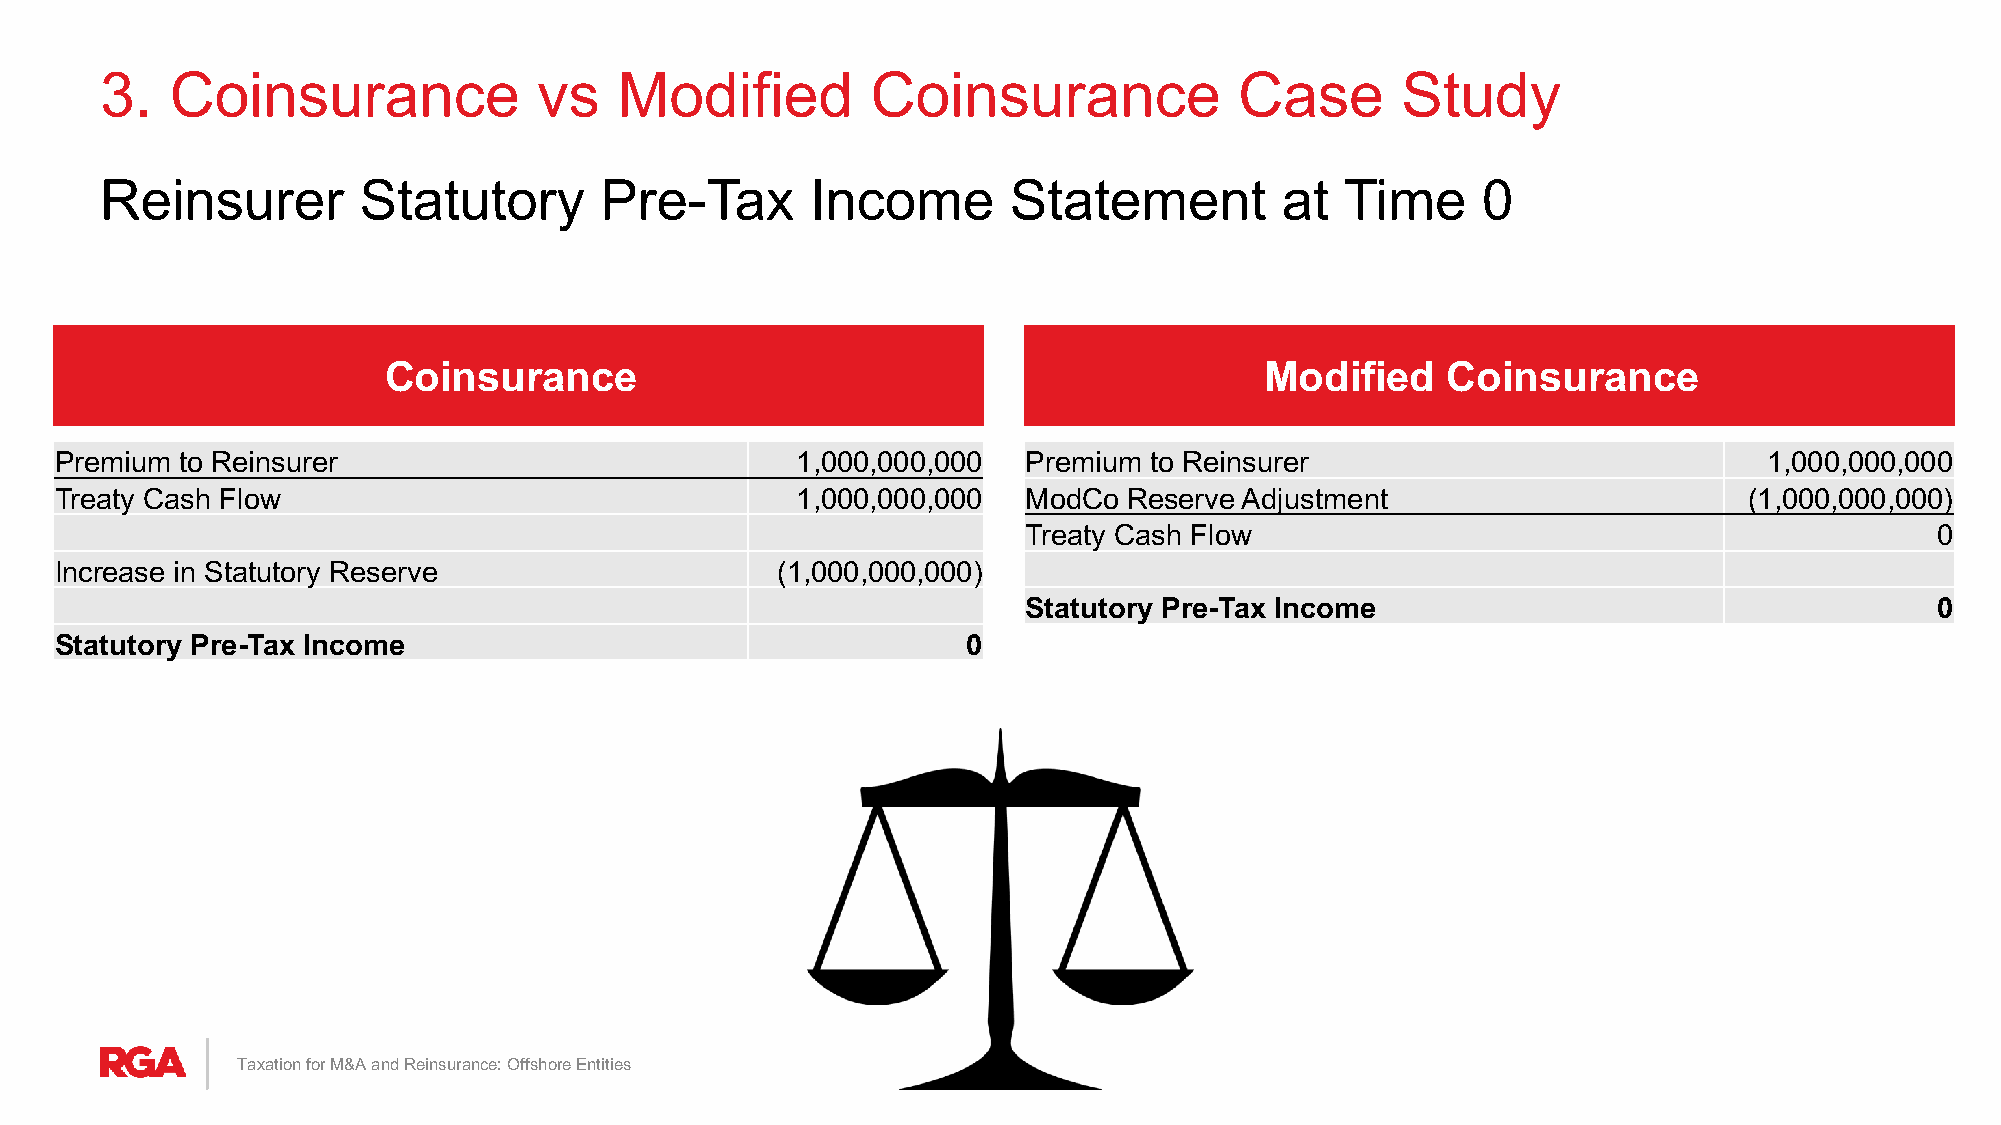
3.  Coinsurance              vs   Modified         Coinsurance             Case       Study
 Reinsurer        Statutory       Pre-Tax       Income       Statement         at  Time     0
 Coinsurance                                                Modified    Coinsurance
 Premium to Reinsurer                             1,000,000,000  Premium to Reinsurer                             1,000,000,000
 Treaty Cash Flow                                 1,000,000,000  ModCo  Reserve Adjustment                       (1,000,000,000)
 Treaty Cash Flow                                            0
 Increase in Statutory Reserve                  (1,000,000,000)
 Statutory Pre-Tax Income                                    0
 Statutory Pre-Tax Income                                    0
 Taxation for M&A and Reinsurance: Offshore Entities